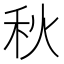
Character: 秋